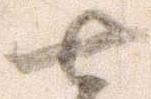
七